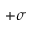
+ \sigma